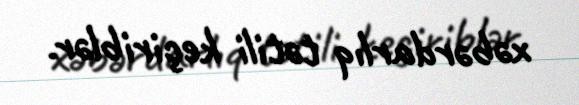
xəbərdarlıq tətili keçiriblər.